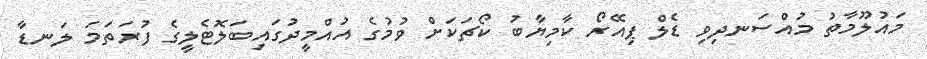
މައުލޫމާތު މުއްސަނދިވި ޑެލް ޕިއޭރޯ ކާމިޔާބު ކޯޗަކަށް ވުމުގެ އުއްމީދުގައިބަލޮޓެލީގެ ފުރަތަމަ ލަނޑާ